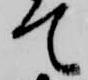
て